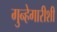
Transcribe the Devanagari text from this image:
गुन्हेगारीशी